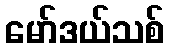
မော်ဒယ်သစ်